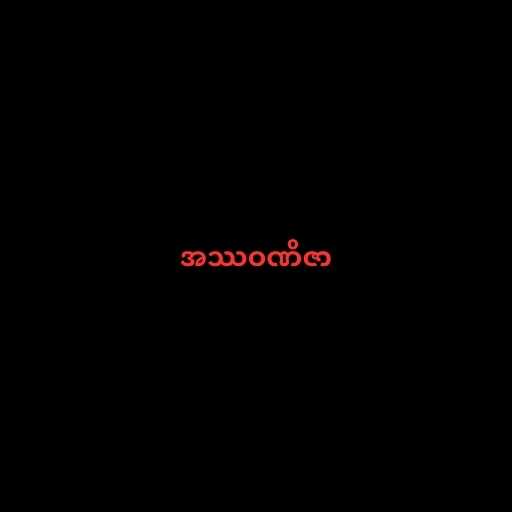
အဿဝဏိဇာ